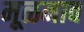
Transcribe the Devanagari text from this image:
मूळनाव